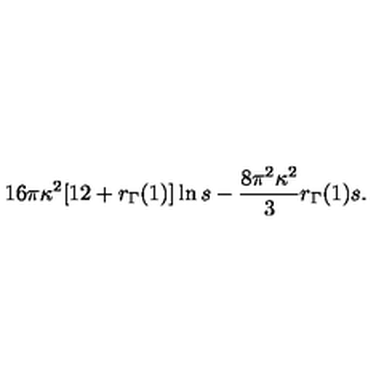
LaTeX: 1 6 \pi \kappa ^ { 2 } [ 1 2 + r _ { \Gamma } ( 1 ) ] \ln s - \frac { 8 \pi ^ { 2 } \kappa ^ { 2 } } { 3 } r _ { \Gamma } ( 1 ) s .